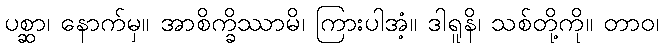
ပစ္ဆာ၊ နောက်မှ။ အာစိက္ခိဿာမိ၊ ကြားပါအံ့။ ဒါရူနိ၊ သစ်တို့ကို။ တာဝ၊